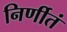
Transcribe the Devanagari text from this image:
निर्णीतं